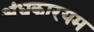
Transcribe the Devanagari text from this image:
अंधकारयम